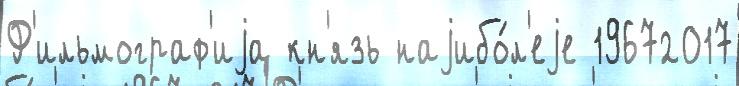
Ф'ильмограф'иjа кн'язь наjибо́л'еjе 19672017